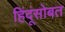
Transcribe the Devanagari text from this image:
हिंदूंसोबत